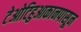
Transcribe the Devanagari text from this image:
टेओटिहुआकानपासून